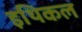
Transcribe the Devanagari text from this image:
इथिकल